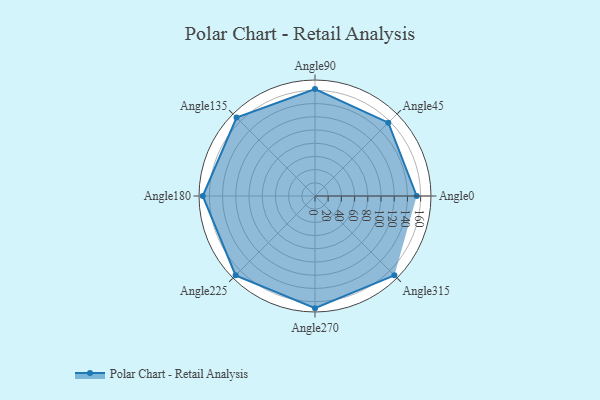
{"axis": {"x": "Angle", "y": "Radius"}, "legend": [""], "data": [{"x": "Angle0", "y": 154.0, "type": ""}, {"x": "Angle45", "y": 157.0, "type": ""}, {"x": "Angle90", "y": 162.0, "type": ""}, {"x": "Angle135", "y": 168.0, "type": ""}, {"x": "Angle180", "y": 170, "type": ""}, {"x": "Angle225", "y": 170, "type": ""}, {"x": "Angle270", "y": 170, "type": ""}, {"x": "Angle315", "y": 170, "type": ""}]}